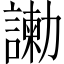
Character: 𠣂